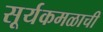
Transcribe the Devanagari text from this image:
सूर्यकमळाची